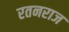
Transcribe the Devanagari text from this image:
रतनराज